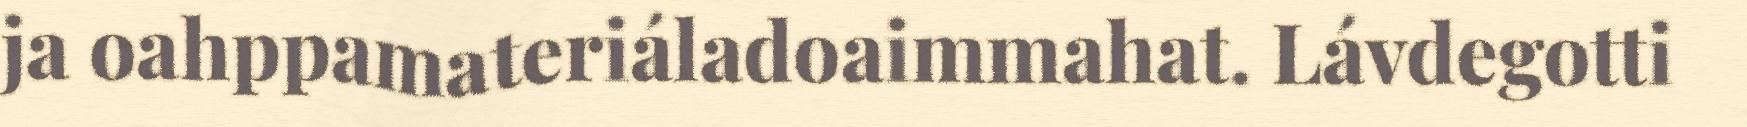
ja oahppamateriáladoaimmahat. Lávdegotti